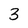
Character: 3